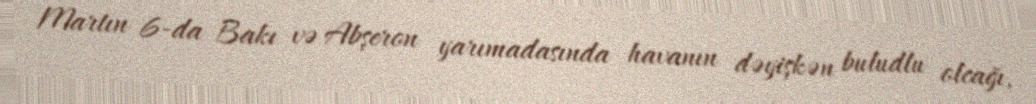
Martın 6-da Bakı və Abşeron yarımadasında havanın dəyişkən buludlu olcağı,